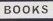
books